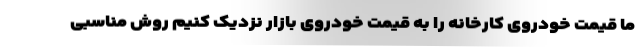
ما قیمت خودروی کارخانه را به قیمت خودروی بازار نزدیک کنیم روش مناسبی